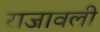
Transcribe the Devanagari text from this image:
राजावली